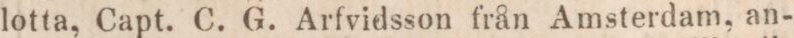
lotta, Capt. C. G. Arfvidsson från Amsterdam, an-